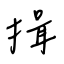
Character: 揖